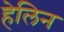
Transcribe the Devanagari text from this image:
हेलिन